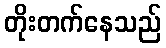
တိုးတက်နေသည်